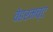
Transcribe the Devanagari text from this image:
वेहरमच्ट